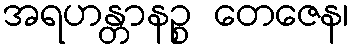
အရဟန္တာနဉ္စ တေဇေန၊